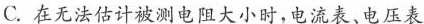
C.在无法估计被测电阻大小时，电流表、电压表